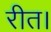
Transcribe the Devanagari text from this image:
रीत।